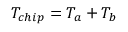
T _ { c h i p } = T _ { a } + T _ { b }